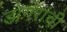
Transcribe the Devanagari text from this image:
डोगरांची